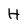
Character: H